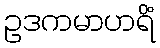
ဥဒကမာဟရိံ